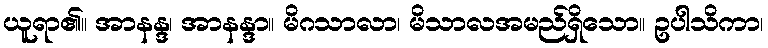
ယူရာ၏။ အာနန္ဒ၊ အာနန္ဒာ။ မိဂသာလာ၊ မိသာလအမည်ရှိသော။ ဥပါသိကာ၊